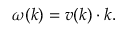
\omega ( k ) = v ( k ) \cdot k .